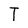
Character: T